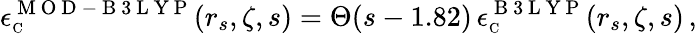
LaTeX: \epsilon_{\scriptscriptstyle\mathrm{C}}^{\mathrm{~M~O~D~-~B~3~L~Y~P~}}(r_{s},\zeta,s)=\Theta(s-1.82)\, \epsilon_{\scriptscriptstyle\mathrm{C}}^{\mathrm{~B~3~L~Y~P~}}(r_{s},\zeta,s)\, ,